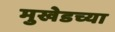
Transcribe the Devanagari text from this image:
मुखेडच्या